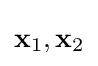
\mathbf {x} _{1},\mathbf {x} _{2}